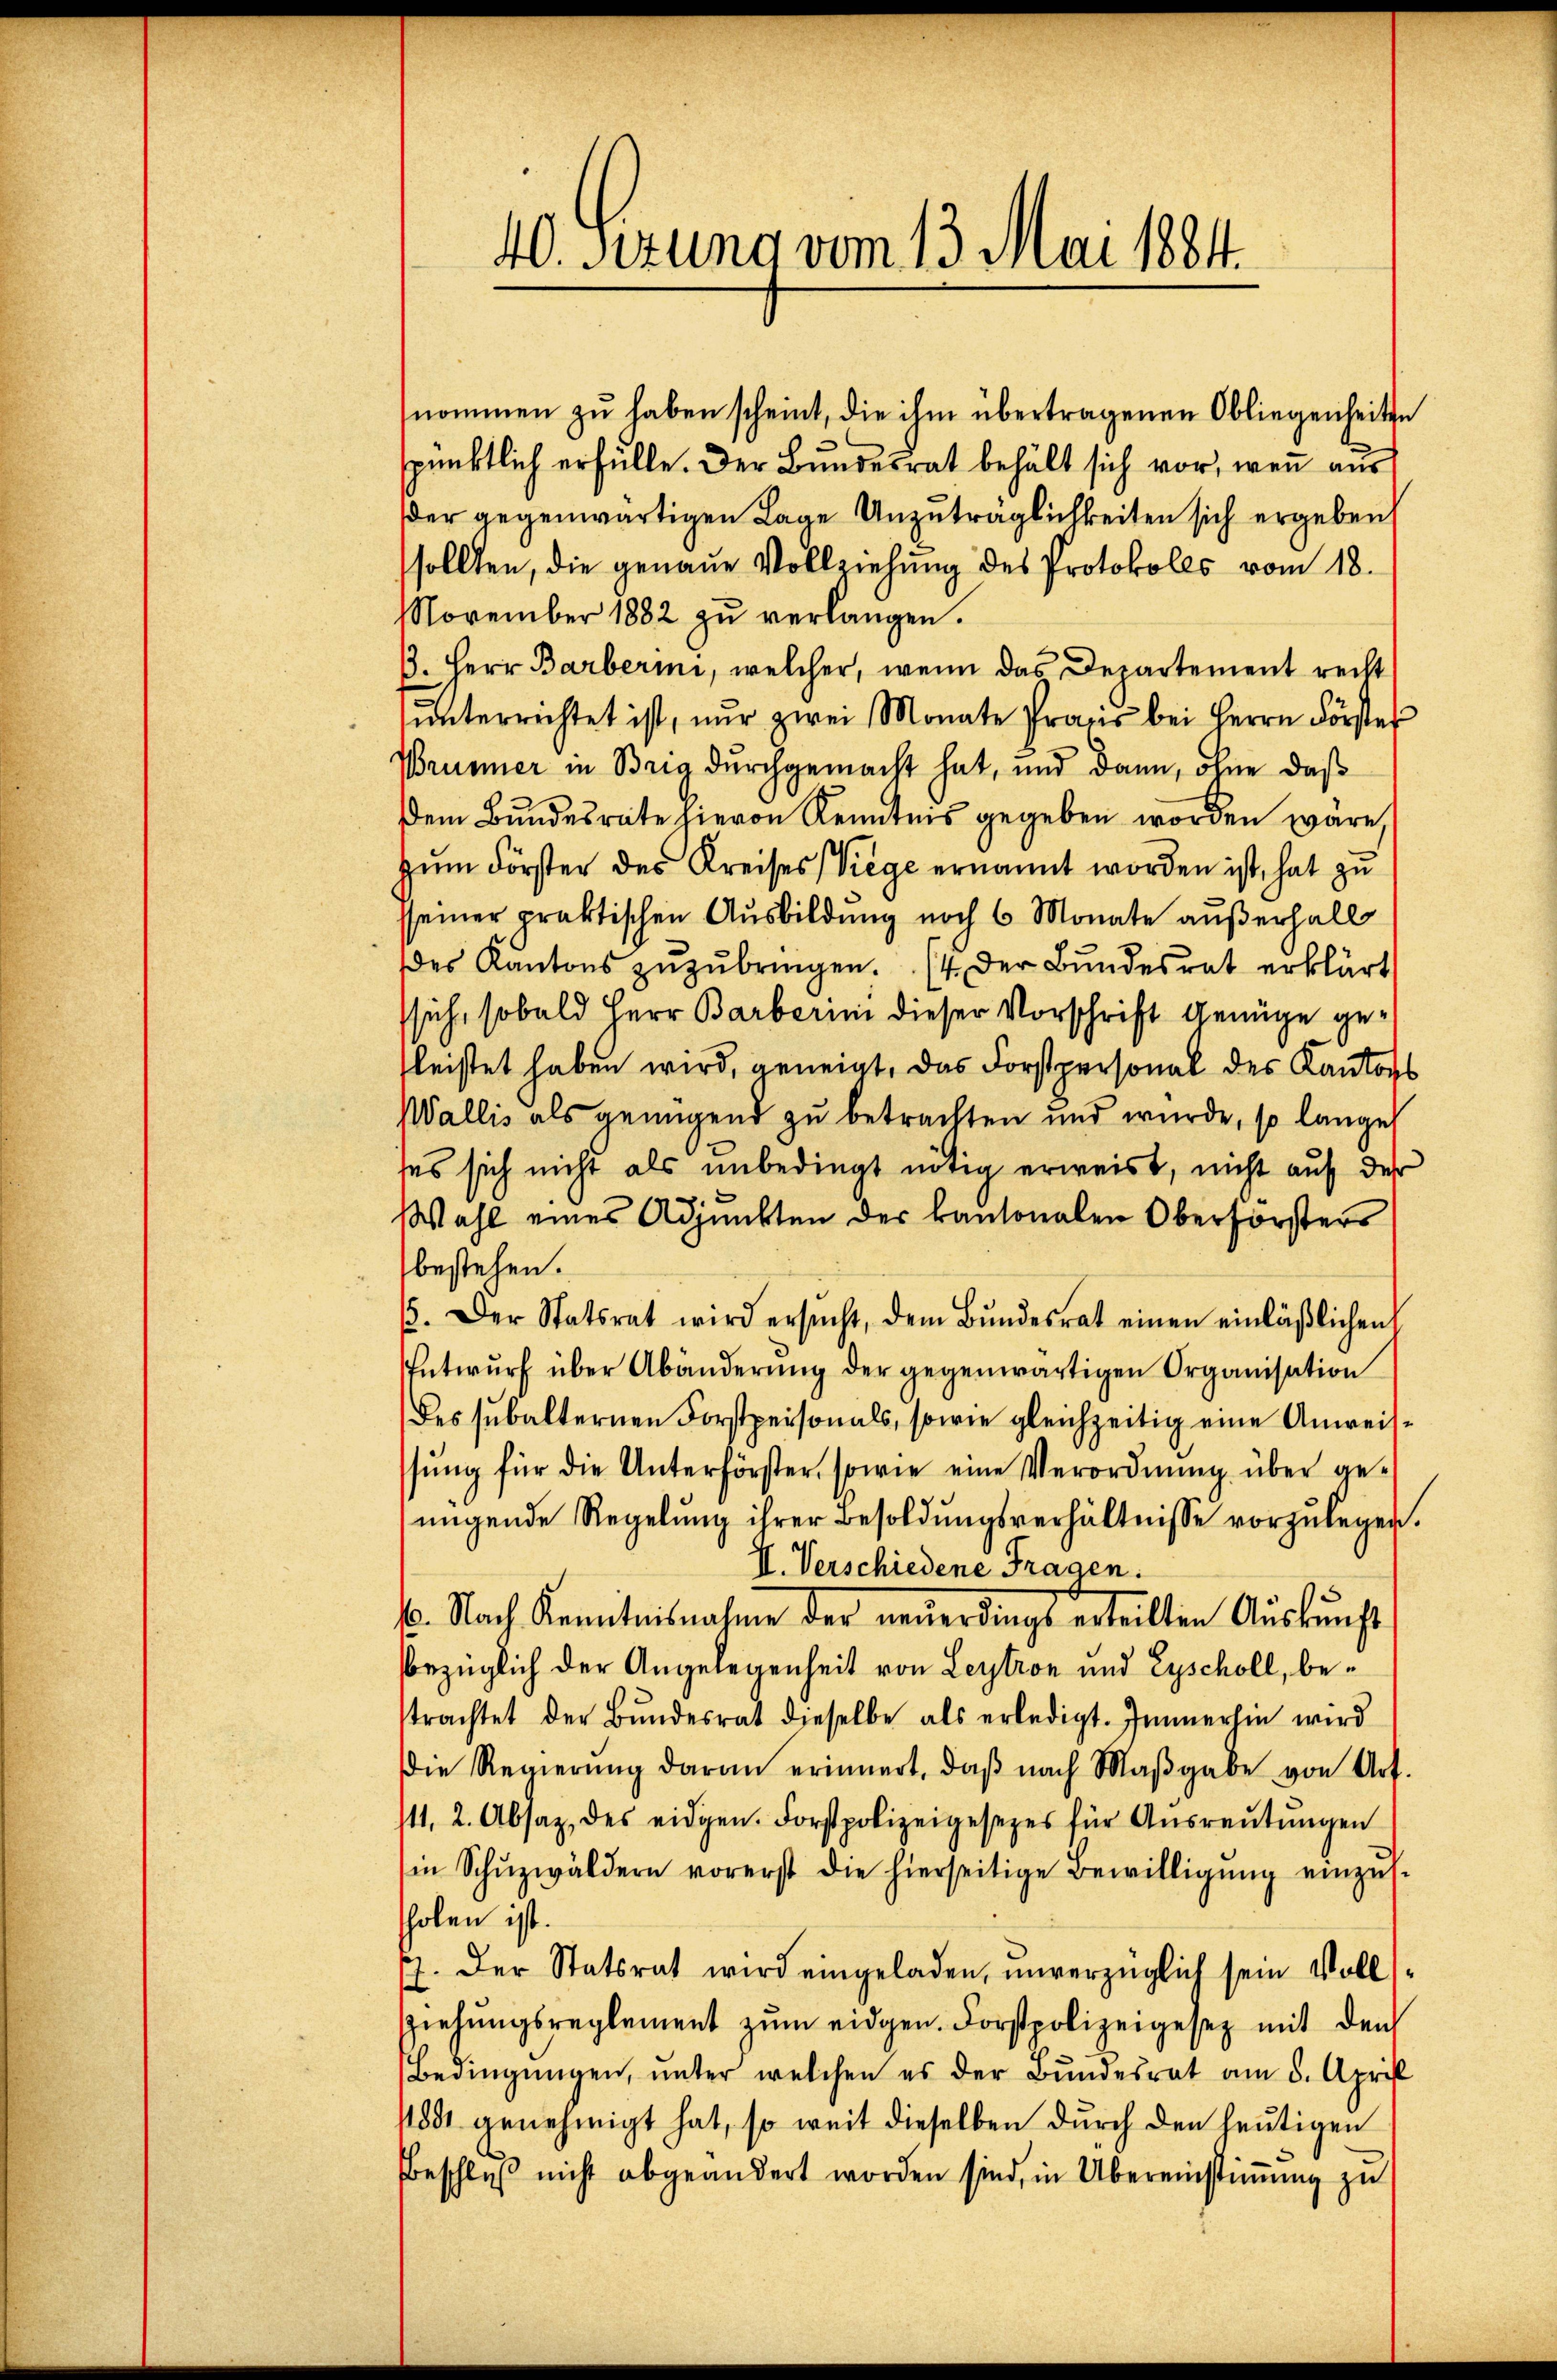
40. Ferung vom 13. Mai 1884.

nommen zu haben scheint, die ihm übertragenen Obliegenheite
spünktlich erfülle. Der Bundesrat behält sich vor, wenn aus
der gegenwärtigen Lage Unzuträglichkeiten sich ergeben,
sollten, die genaue Vollziehung des Protokolls vom 18.
November 1882 zŭ verlangen.
s
3. Herr Barberii, welcher, wenn das Departement recht
ŭnterrichtet ist, nur zwei Monate Praxis bei Herrn Förster
Brummer in Brig durchgemacht hat, und dann, ohne daß
Dem Bundesrate hievon Kenntnis gegeben worden wäre,
zŭm Förster des Kreises (Viege ernannt worden ist, hat zu
seiner praktischen Ausbildung noch 6 Monate außerhalb
des Kantons zuzubringen. 4 der Bundesrat erklärt
sich, sobald Herr Barberini dieser Vorschrift Genüge gefleistet haben wird, geneigt, das Forstpersonal des Kantons
Wallis als genügend zu betrachten und wurde, so lange
ses sich nicht als unbedingt nötig erweist, nicht auf der
Wahl eines Adjunkten der kantonalen Oberforsters
bestehen.
/5. Der Statsrat wird ersŭcht, dem Bŭndesrat einen einläβlichen
Entwŭrf über Abänderŭng der gegenwärtigen Organisation
des subalternen Forstpersonals, sowie gleichzeitig eine Anweissŭng für die Unterförster, sowie eine Verordnŭng über ge-
nügende Regelung ihrer Besoldungsverhältnisse vorzulegen.
II. Verschiedene Fragen.
4. Nach Kenntnisnahme der neŭerdings erteilten Aŭskŭnft
bezüglich der Angelegenheit von Leytron und Eyscholl, betrachtet der Bŭndesrat dieselbe als erledigt. Immerhin wird
Die Regierŭng daran erinnert, daβ nach Maβgabe von Art.
st1. 2. Absaz, des eidgen. Forstpolizeigesetzes für Aŭsreŭtŭngen
in Schŭzwäldern vorerst die hierseitige Bewilligŭng einzŭs-
holen ist.
p. Der Statsrat wird eingeladen, unverzüglich sein Volls¬
Ziehŭngsreglement zŭm eidgen. Forstpolizeigesez mit den
Bedingŭngen, ŭnter welchen es der Bŭndesrat am 8. April
/1881 genehmigt hat, so weit dieselben dŭrch den heŭtigen
Beschluß nicht abgeändert worden sind, in Übereinstimmung zu